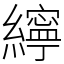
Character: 𦆭